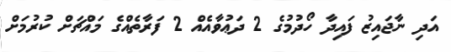
އަދި ނާޖައިޒު ފައިދާ ހޯދުމުގެ 2 ދަޢުވާއެއް 2 ފަރާތެއްގެ މައްޗަށް ކުރުމަށް